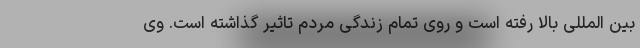
بین المللی بالا رفته است و روی تمام زندگی مردم تاثیر گذاشته است. وی